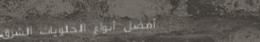
أفضل أنواع الحلويات الشرق